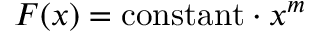
F ( x ) = \mathrm { c o n s t a n t } \cdot x ^ { m }